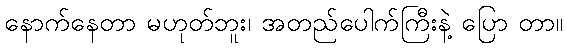
နောက်နေတာ မဟုတ်ဘူး၊ အတည်ပေါက်ကြီးနဲ့ ပြော တာ။